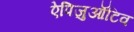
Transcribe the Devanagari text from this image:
ऐपिजुऑटिव